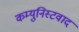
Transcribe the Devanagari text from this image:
कम्युनिस्टवाद